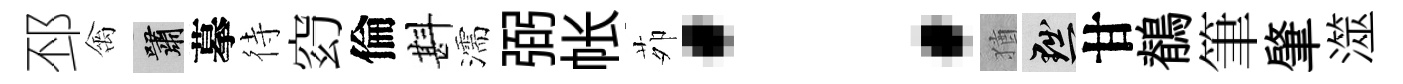
邳禽嘯摹待𥥆倫斟濡弼帐茆：猶黜甘鶺筆肇澨